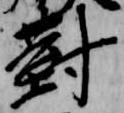
対